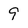
Character: 9